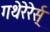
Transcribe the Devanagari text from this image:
गथेरेरेर्स्